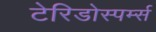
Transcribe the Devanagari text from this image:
टेरिडोस्पर्म्स